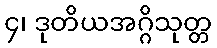
၄၊ ဒုတိယအဂ္ဂိသုတ္တ